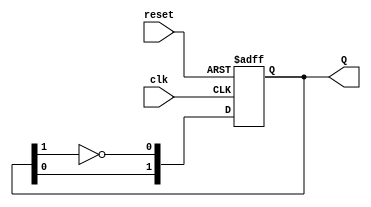
module dual_stage_johnson_counter (
    input wire clk,       // Clock signal
    input wire reset,     // Asynchronous reset signal
    output reg [1:0] Q    // 2-bit output representing the state
);

// State transition logic
always @(posedge clk or posedge reset) begin
    if (reset) begin
        Q <= 2'b00; // Initialize to state 00 on reset
    end else begin
        // Johnson counter logic
        Q[0] <= ~Q[1]; // Invert output of Q1 (Q[1]) to feed into D0
        Q[1] <= Q[0];  // Shift the state to the right
    end
end

endmodule